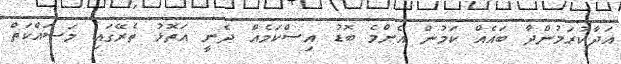
އަދާކުރަމުންދާ ބައެއް ކަމުން އެންމެ ބޮޑު އިސްކަމެއް ދެނީ އަތޮޅު ތެރޭގައި މަސައްކަތް